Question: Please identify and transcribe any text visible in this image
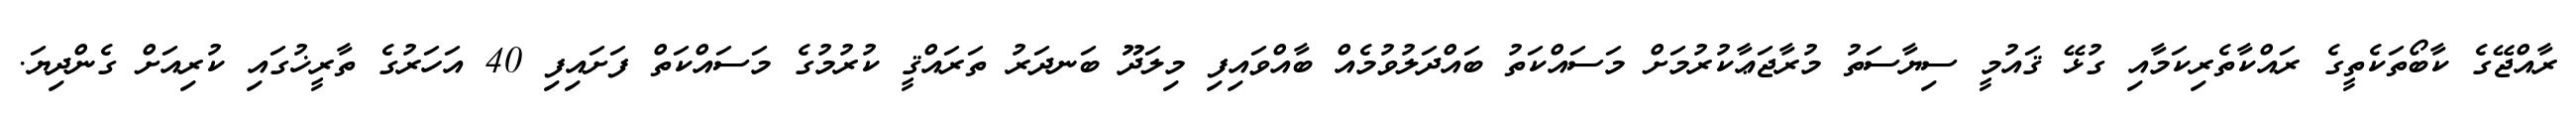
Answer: ރާއްޖޭގެ ކާބޯތަކެތީގެ ރައްކާތެރިކަމާއި ގުޅޭ ޤައުމީ ސިޔާސަތު މުރާޖަޢާކުރުމަށް މަސައްކަތު ބައްދަލުވުމެއް ބާއްވައިފި މިލަދޫ ބަނދަރު ތަރައްޤީ ކުރުމުގެ މަސައްކަތް ފަށައިފި 40 އަހަރުގެ ތާރީޚުގައި ކުރިއަށް ގެންދިޔަ.